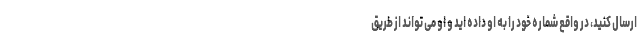
ارسال کنید، در واقع شماره خود را به او داده اید و او می تواند از طریق